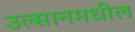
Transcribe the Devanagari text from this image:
उल्सानमधील